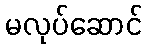
မလုပ်ဆောင်